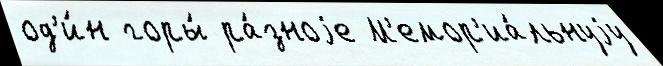
од'и́н горы́ ра́зноjе М'емор'иа́льнуjу